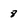
Character: 8